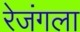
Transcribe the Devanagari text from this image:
रेजंगला